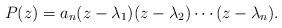
LaTeX: \begin{align*}P(z)= a_n(z-\lambda_1)(z-\lambda_2)\cdots(z-\lambda_n).\end{align*}